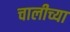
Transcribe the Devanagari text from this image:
चालीच्या